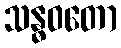
သန္ဓဝတော